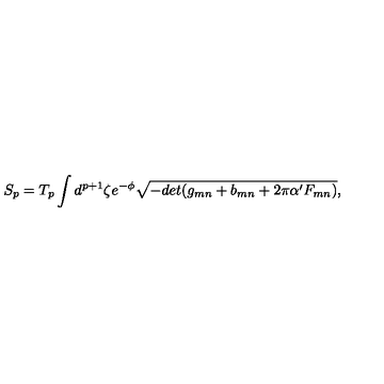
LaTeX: S _ { p } = T _ { p } \int d ^ { p + 1 } \zeta e ^ { - \phi } \sqrt { - d e t ( g _ { m n } + b _ { m n } + 2 \pi \alpha ^ { \prime } F _ { m n } ) } ,